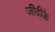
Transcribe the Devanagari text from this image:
जीवीके